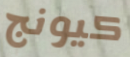
كيونج